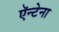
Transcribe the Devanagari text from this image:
ऍन्टेना